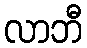
လာဘီ